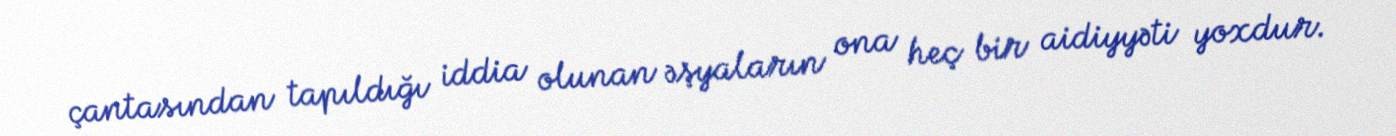
çantasından tapıldığı iddia olunan əşyaların ona heç bir aidiyyəti yoxdur.